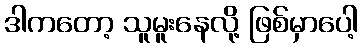
ဒါကတော့ သူမူးနေလို့ ဖြစ်မှာပေါ့